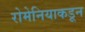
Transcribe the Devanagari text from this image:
रोमेनियाकडून